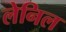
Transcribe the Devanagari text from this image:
लेनिल